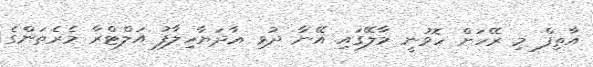
އާތިފް މި ރޭހަށް ހޮވުނީ މާލޭގައި އޭނާ ދުވި އާދަޔާހިލާފު އަލްޓްރާ މެރެތަންގެ